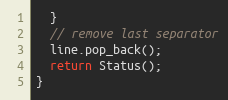
Language: C++
  }
  // remove last separator
  line.pop_back();
  return Status();
}